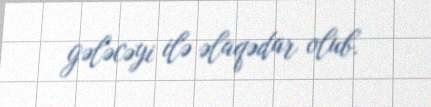
gələcəyi ilə əlaqədar olub.